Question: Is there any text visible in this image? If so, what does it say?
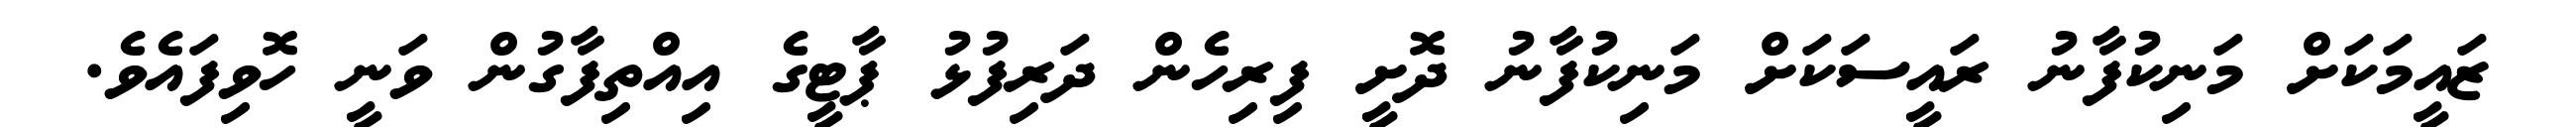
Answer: ޒައީމަކަށް މަނިކުފާނު ރައީސަކަށް މަނިކުފާނު ދޮށީ ފިރިހެން ދަރިފުޅު ޕާޓީގެ އިއްތިފާގުން ވަނީ ހޮވިފައެވެ.